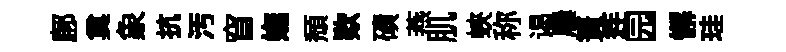
鄜奠象抗汚窅嫵頽欵磧燕肌蛺称谒屨簣连园懈珪